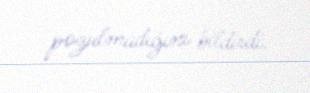
pozulmadığını bildirdi.